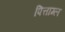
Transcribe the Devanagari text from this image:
पित्ताम्ल